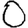
Digit: 0